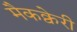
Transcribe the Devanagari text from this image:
मैकक्वेरी